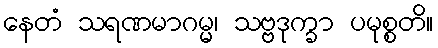
နေတံ သရဏမာဂမ္မ၊ သဗ္ဗဒုက္ခာ ပမုစ္စတိ။